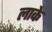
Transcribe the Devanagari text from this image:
लाके